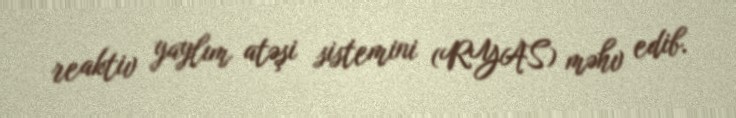
reaktiv yaylım atəşi sistemini (RYAS) məhv edib.